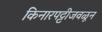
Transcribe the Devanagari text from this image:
किनारपट्टीजवळून